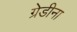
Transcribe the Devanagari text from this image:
ग्रेडीना